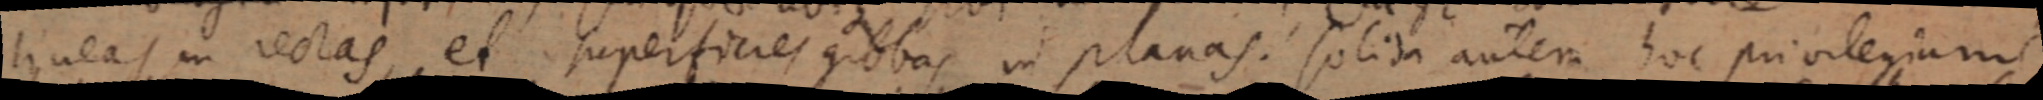
lineas in rectas, et superficies gibbas in planas. solida autem hoc privilegium